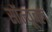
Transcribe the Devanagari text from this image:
सॉल्यूबल